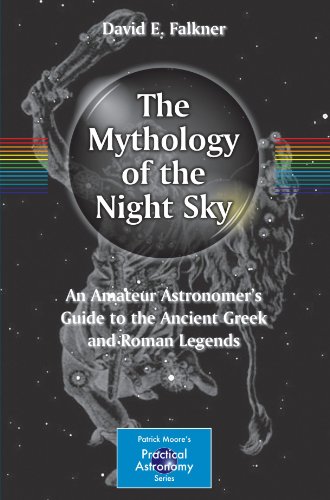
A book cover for The Mythology of the Night Sky: An Amateur Astronomer's Guide to the Ancient Greek and Roman Legends (The Patrick Moore Practical Astronomy Series); David E. Falkner; Science & Math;